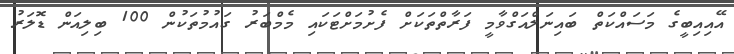
އޭއިއިބީގެ މަސައްކަތް ބައިނަލްއަގްވާމީ ފަރާތްތަކަށް ފެށުމަށްޓަކައި މެމްބަރު ގައުމުތަކުން 100 ބިލިއަން ޑޮލަރު